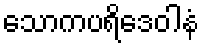
သောကပရိဒေဝါနံ